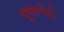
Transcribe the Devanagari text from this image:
मुक्तादेवी